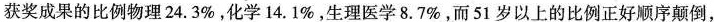
获奖成果的比例物理24.3\%，化学14.1\%，生理医学8.7\%，而51岁以上的比例正好顺序颠倒，